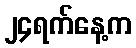
၂၄ရက်နေ့က